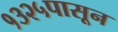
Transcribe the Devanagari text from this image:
१३२५पासून